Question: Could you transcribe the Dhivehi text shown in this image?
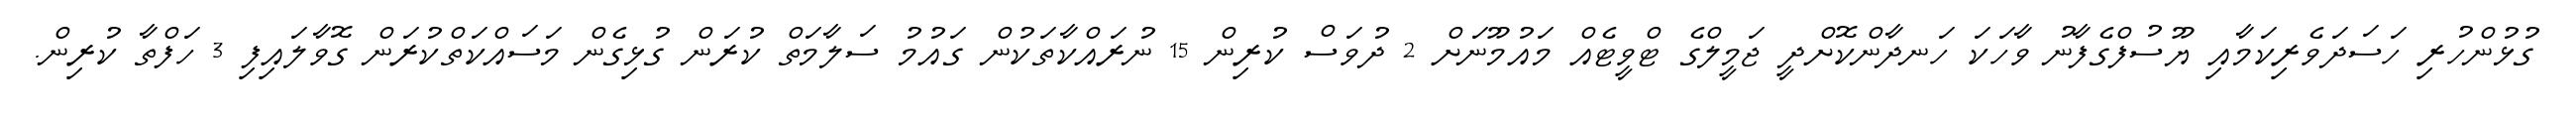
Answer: ގުޅުންހުރި ހަސަދަވެރިކަމާއި ޔޫސުފްގެފާނު ވާހަކަ ހަނދާންކޮށްދީ ޖަމީލްގެ ޓްވީޓެއް މައުމޫނަށް 2 ދުވަސް ކުރިން 15 ނުރައްކާތަކުން ގައުމު ސަލާމަތް ކުރަން ގުޅިގެން މަސައްކަތްކުރަން ގޮވާލައިފި 3 ހަފްތާ ކުރިން.